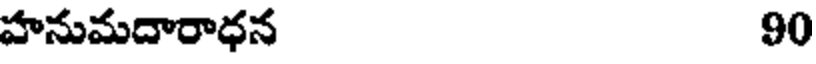
హనుమదారాధన 90